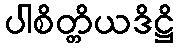
ပါစိတ္တိယဒိဋ္ဌိ